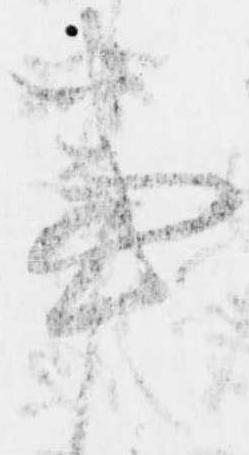
事